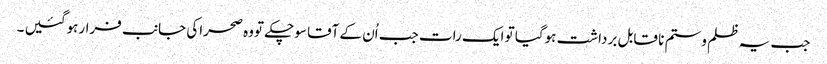
جب یہ ظلم وستم نا قابل برداشت ہوگیا تو ایک رات جب اُن کے آقا سوچکے تووہ صحراکی جانب فرارہوگئیں ۔